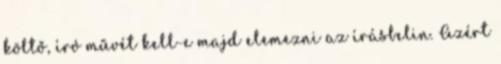
költő, író művét kell-e majd elemezni az írásbelin. Azért